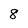
Character: 8